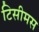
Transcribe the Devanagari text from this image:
टिसीमस